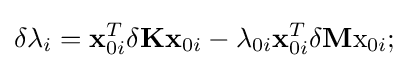
\delta \lambda _{i}=\mathbf {x} _{0i}^{T}\delta \mathbf {K} \mathbf {x} _{0i}-\lambda _{0i}\mathbf {x} _{0i}^{T}\delta \mathbf {M} \mathrm {x} _{0i};